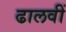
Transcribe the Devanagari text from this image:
ढालवीं